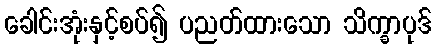
ခေါင်းအုံးနှင့်စပ်၍ ပညတ်ထားသော သိက္ခာပုဒ်